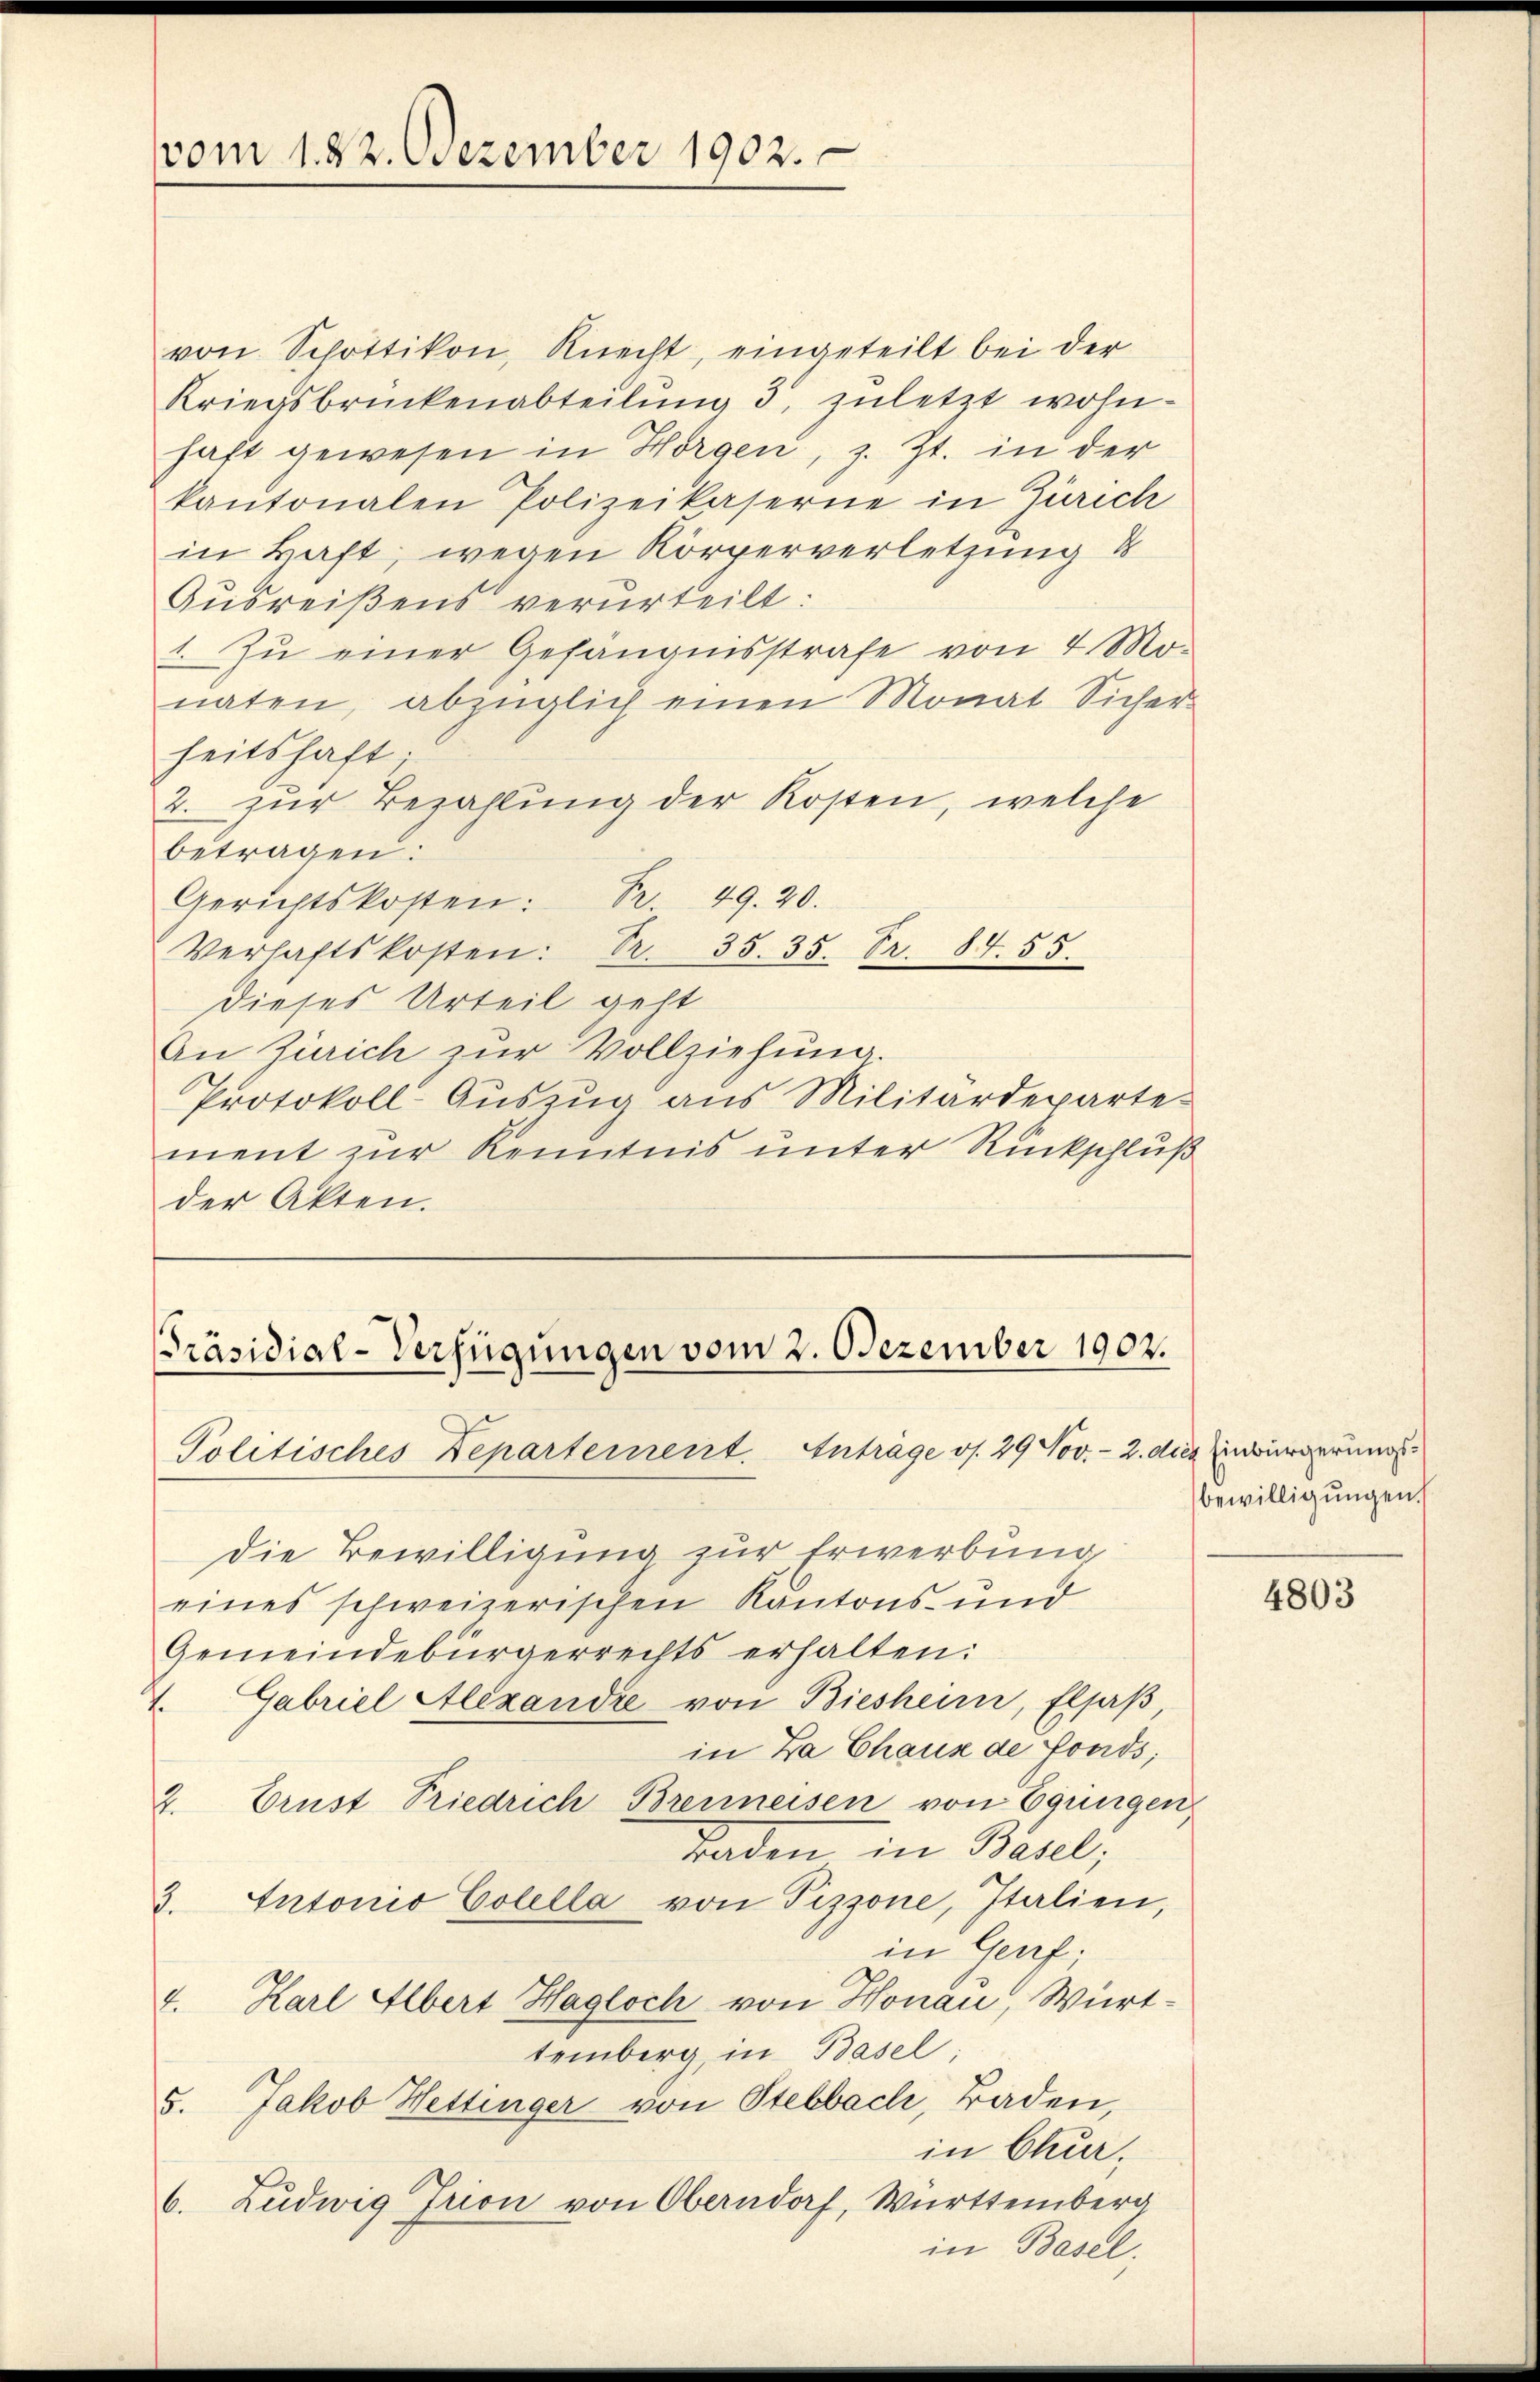
vom 1. 82. Dezember 1902.

von Schottikon, Knecht, eingeteilt bei der
Kriegsbrückenabteilung 3. zuletzt wohn-
haft gewesen in Horgen, z. Zt. in der
kantonalen Polizeikaserne in Zürich
in kaft, wegen Körperverletzung d
Ausreißens verurteilt:
1. Zu einer Gefängnisstrafe von 4 Mo-
naten, abzüglich einen Monat Sicher-
heitshaft;
2. zur Bezahlung der Kosten, welche
betragen:
Gerichtskosten: Fr. 49. 20.
Verhaftskosten: Fr. 35. 35. Fr. 84. 55.
dieses Urteil geht
An Zürich zur Vollziehung.
Protokoll-Auszug aus Militärdeparte
ment zur Kenntnis unter Rückschluß
der Akten.

[Präsidial-Verfügungen vom 2. Dezember 1902.
Politisches Departement. Anträge v. 29 Nov. - 2. die Einbürgerungs

die Bewilligung zur Erwerbung
eines schweizerischen Kantons- und
Gemeindebürgerrechts erhalten:
1. Gabriel Alexandre von Biesheim, Elsaß
in Za Chaus de fonds;
2. Ernst Priedrich Brenneisen von Equirgen
Taden in Basel,
3. Antonio Colella von Pizzone, Italien,
in Genf.
4. Karl Albert Hagloch von Honau, Württemberg, in Basel;
5. Jakob Hettinger von Stebbach, Baden,
in Chur,
6. Ludwig Frion von Oberndorf, Württemberg
in Basel.

bewilligungen.

4803